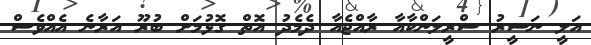
އަލީ ނަސީރު ސްރީލަންކާއާ ރާއްޖެއާ ދެމެދު އޮތް ގޮޅުމަށް ބުރޫ އަރާނެ އެއްވެސް